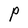
Character: P